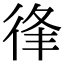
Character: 𢓱